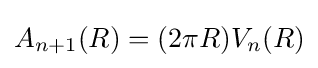
A_{n+1}(R)=(2\pi R)V_{n}(R)